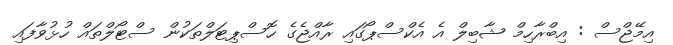
އިމޭޖްސް : އިބްރާހިމް ޝާބިލް އެ އެކްސްޕޯގައި ރާއްޖެގެ ހޮސްޕިޓަލްތަކުން ސްޓޯލްތައް ހުޅުވާފައި